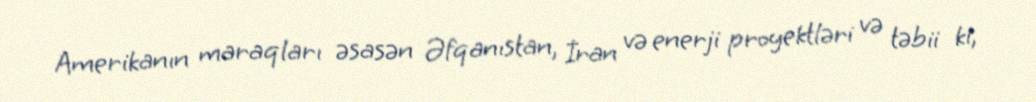
Amerikanın maraqları əsasən Əfqanıstan, İran və enerji proyektləri və təbii ki,